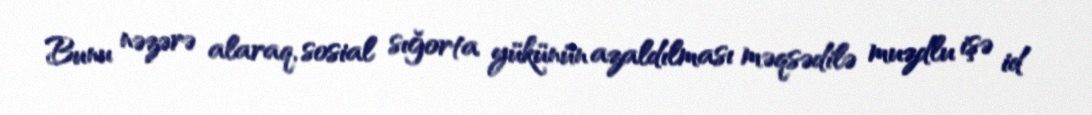
Bunu nəzərə alaraq, sosial sığorta yükünün azaldılması məqsədilə muzdlu işə id